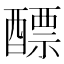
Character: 醥